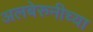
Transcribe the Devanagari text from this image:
अलबेरुनीच्या